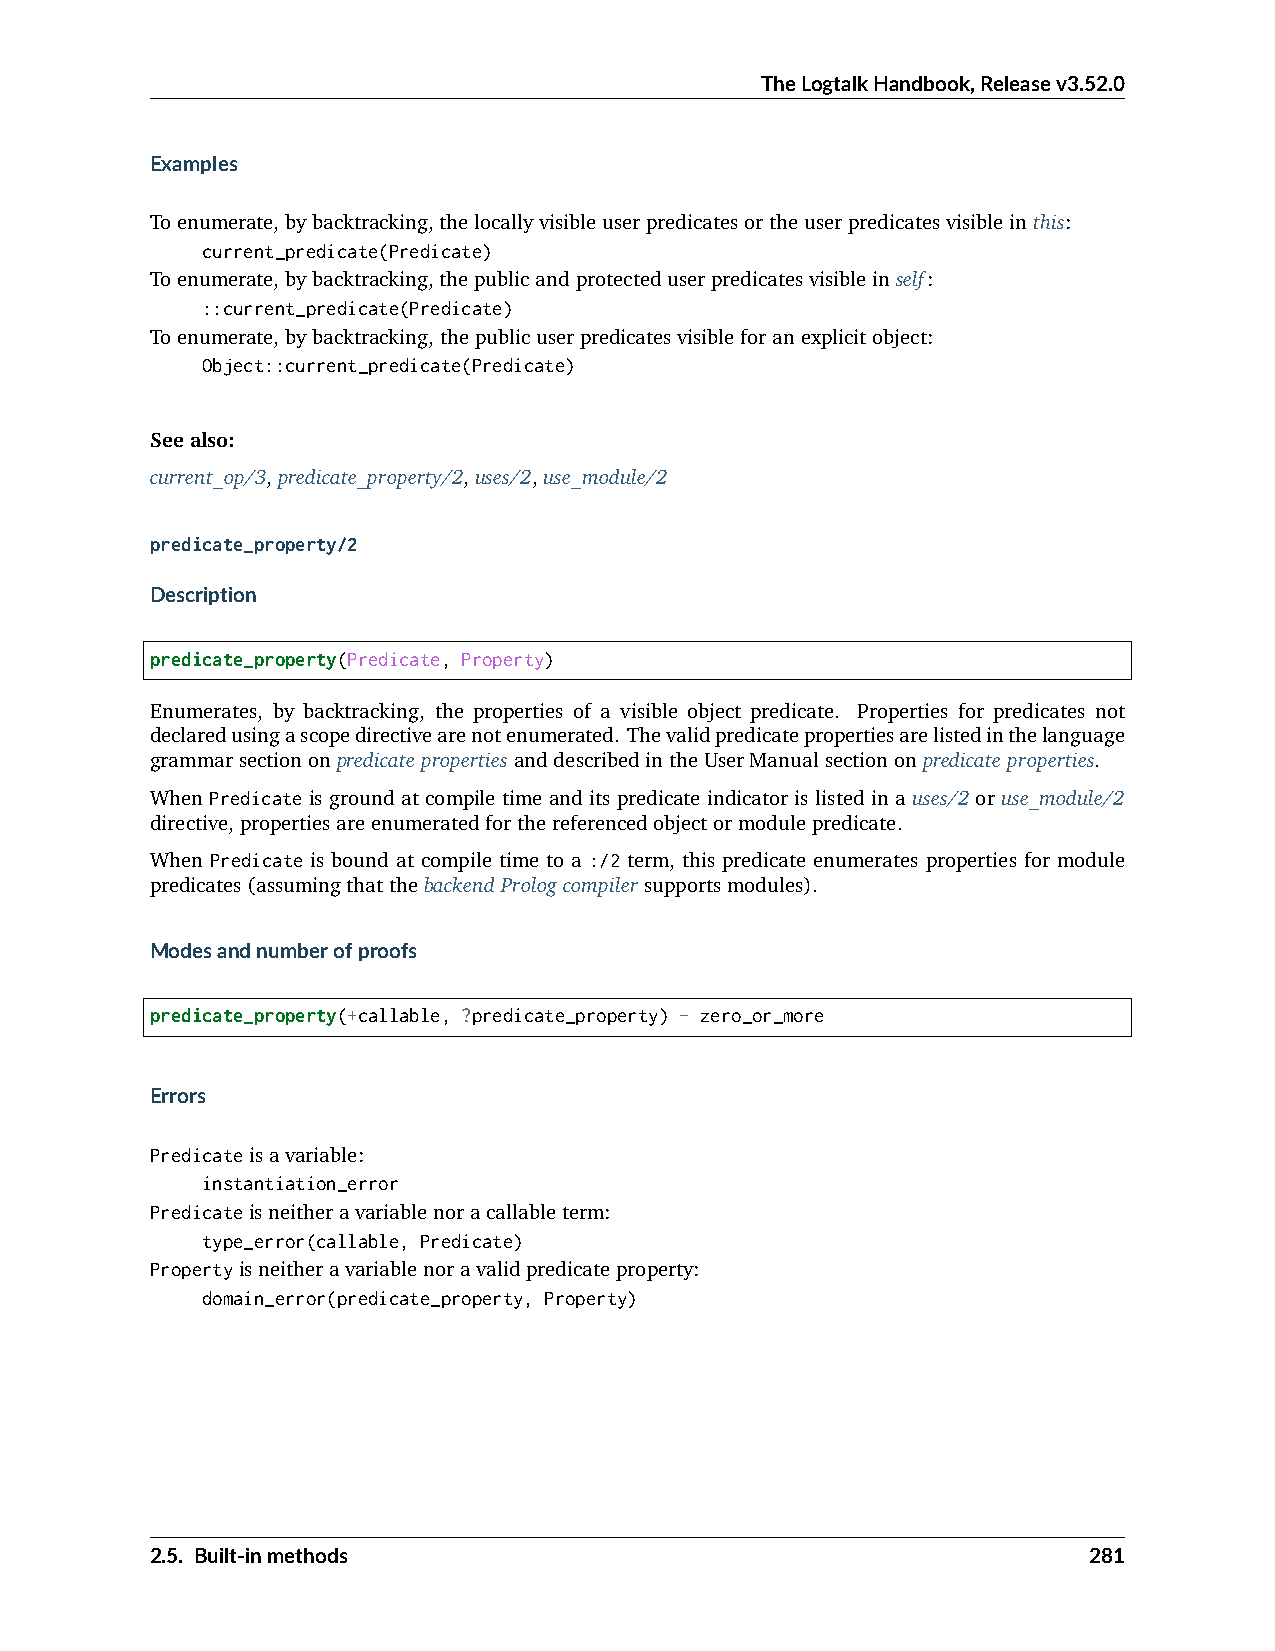
TheLogtalkHandbook,Releasev3.52.0
 Examples
 Toenumerate,bybacktracking,thelocallyvisibleuserpredicatesortheuserpredicatesvisibleinthis:
 current_predicate(Predicate)
 Toenumerate,bybacktracking,thepublicandprotecteduserpredicatesvisibleinself:
 ::current_predicate(Predicate)
 Toenumerate,bybacktracking,thepublicuserpredicatesvisibleforanexplicitobject:
 Object::current_predicate(Predicate)
 Seealso:
 current_op/3,predicate_property/2,uses/2,use_module/2
 predicate_property/2
 Description
 predicate_property(Predicate, Property)
 Enumerates, by backtracking, the properties of a visible object predicate. Properties for predicates not
 declaredusingascopedirectivearenotenumerated. Thevalidpredicatepropertiesarelistedinthelanguage
 grammarsectiononpredicatepropertiesanddescribedintheUserManualsectiononpredicateproperties.
 When Predicate is ground at compile time and its predicate indicator is listed in a uses/2 or use_module/2
 directive,propertiesareenumeratedforthereferencedobjectormodulepredicate.
 When Predicate is bound at compile time to a :/2 term, this predicate enumerates properties for module
 predicates(assumingthatthebackendPrologcompilersupportsmodules).
 Modesandnumberofproofs
 predicate_property(+callable, ?predicate_property) - zero_or_more
 Errors
 Predicateisavariable:
 instantiation_error
 Predicateisneitheravariablenoracallableterm:
 type_error(callable, Predicate)
 Propertyisneitheravariablenoravalidpredicateproperty:
 domain_error(predicate_property, Property)
 2.5. Built-inmethods                                          281